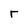
Character: r